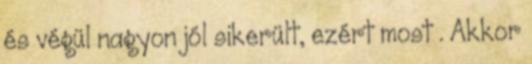
és végül nagyon jól sikerült, ezért most . Akkor